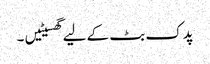
پدک بٹ کے لیے گھسیٹیں ۔